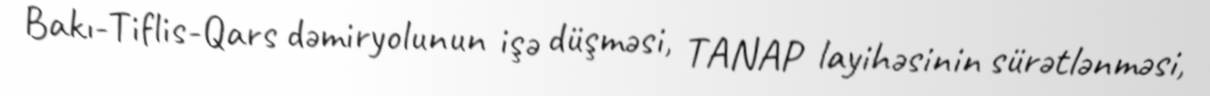
Bakı-Tiflis-Qars dəmiryolunun işə düşməsi, TANAP layihəsinin sürətlənməsi,